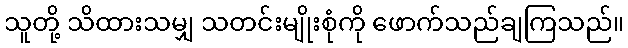
သူတို့ သိထားသမျှ သတင်းမျိုးစုံကို ဖောက်သည်ချကြသည်။